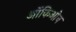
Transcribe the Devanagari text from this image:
ऑकिओन